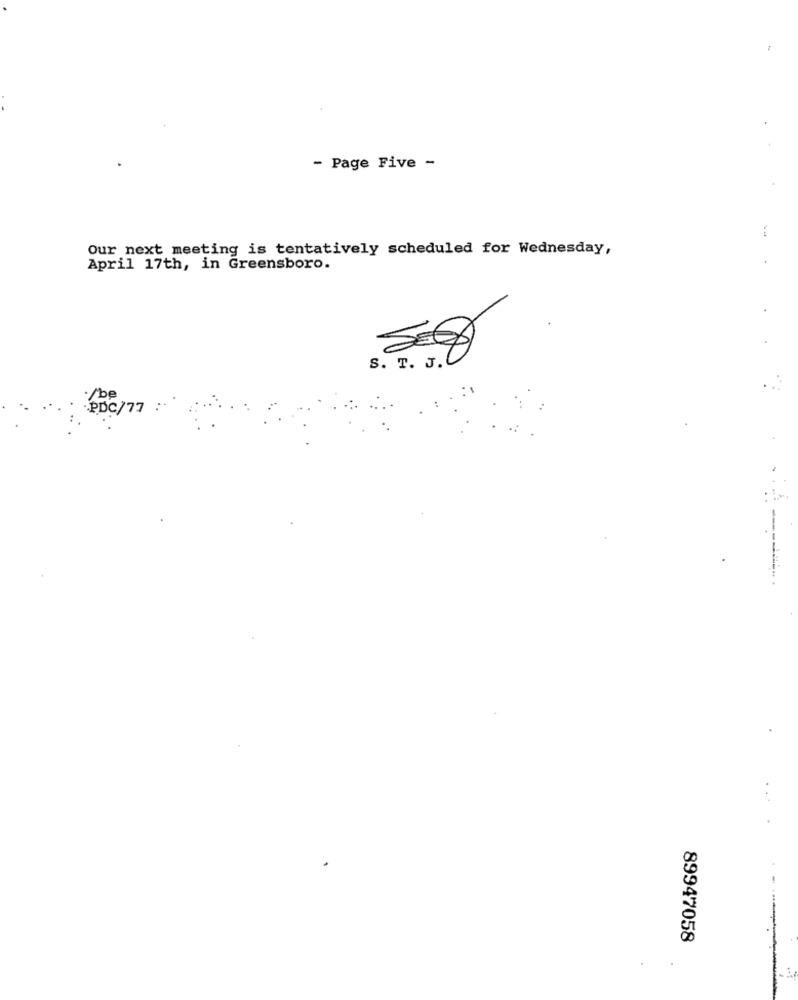
- Page Five -
Our next meeting is tentatively scheduled for Wednesday,
April 17th, in Greensboro.
S. T. J.
./be
PDC/77 :
....
89947058